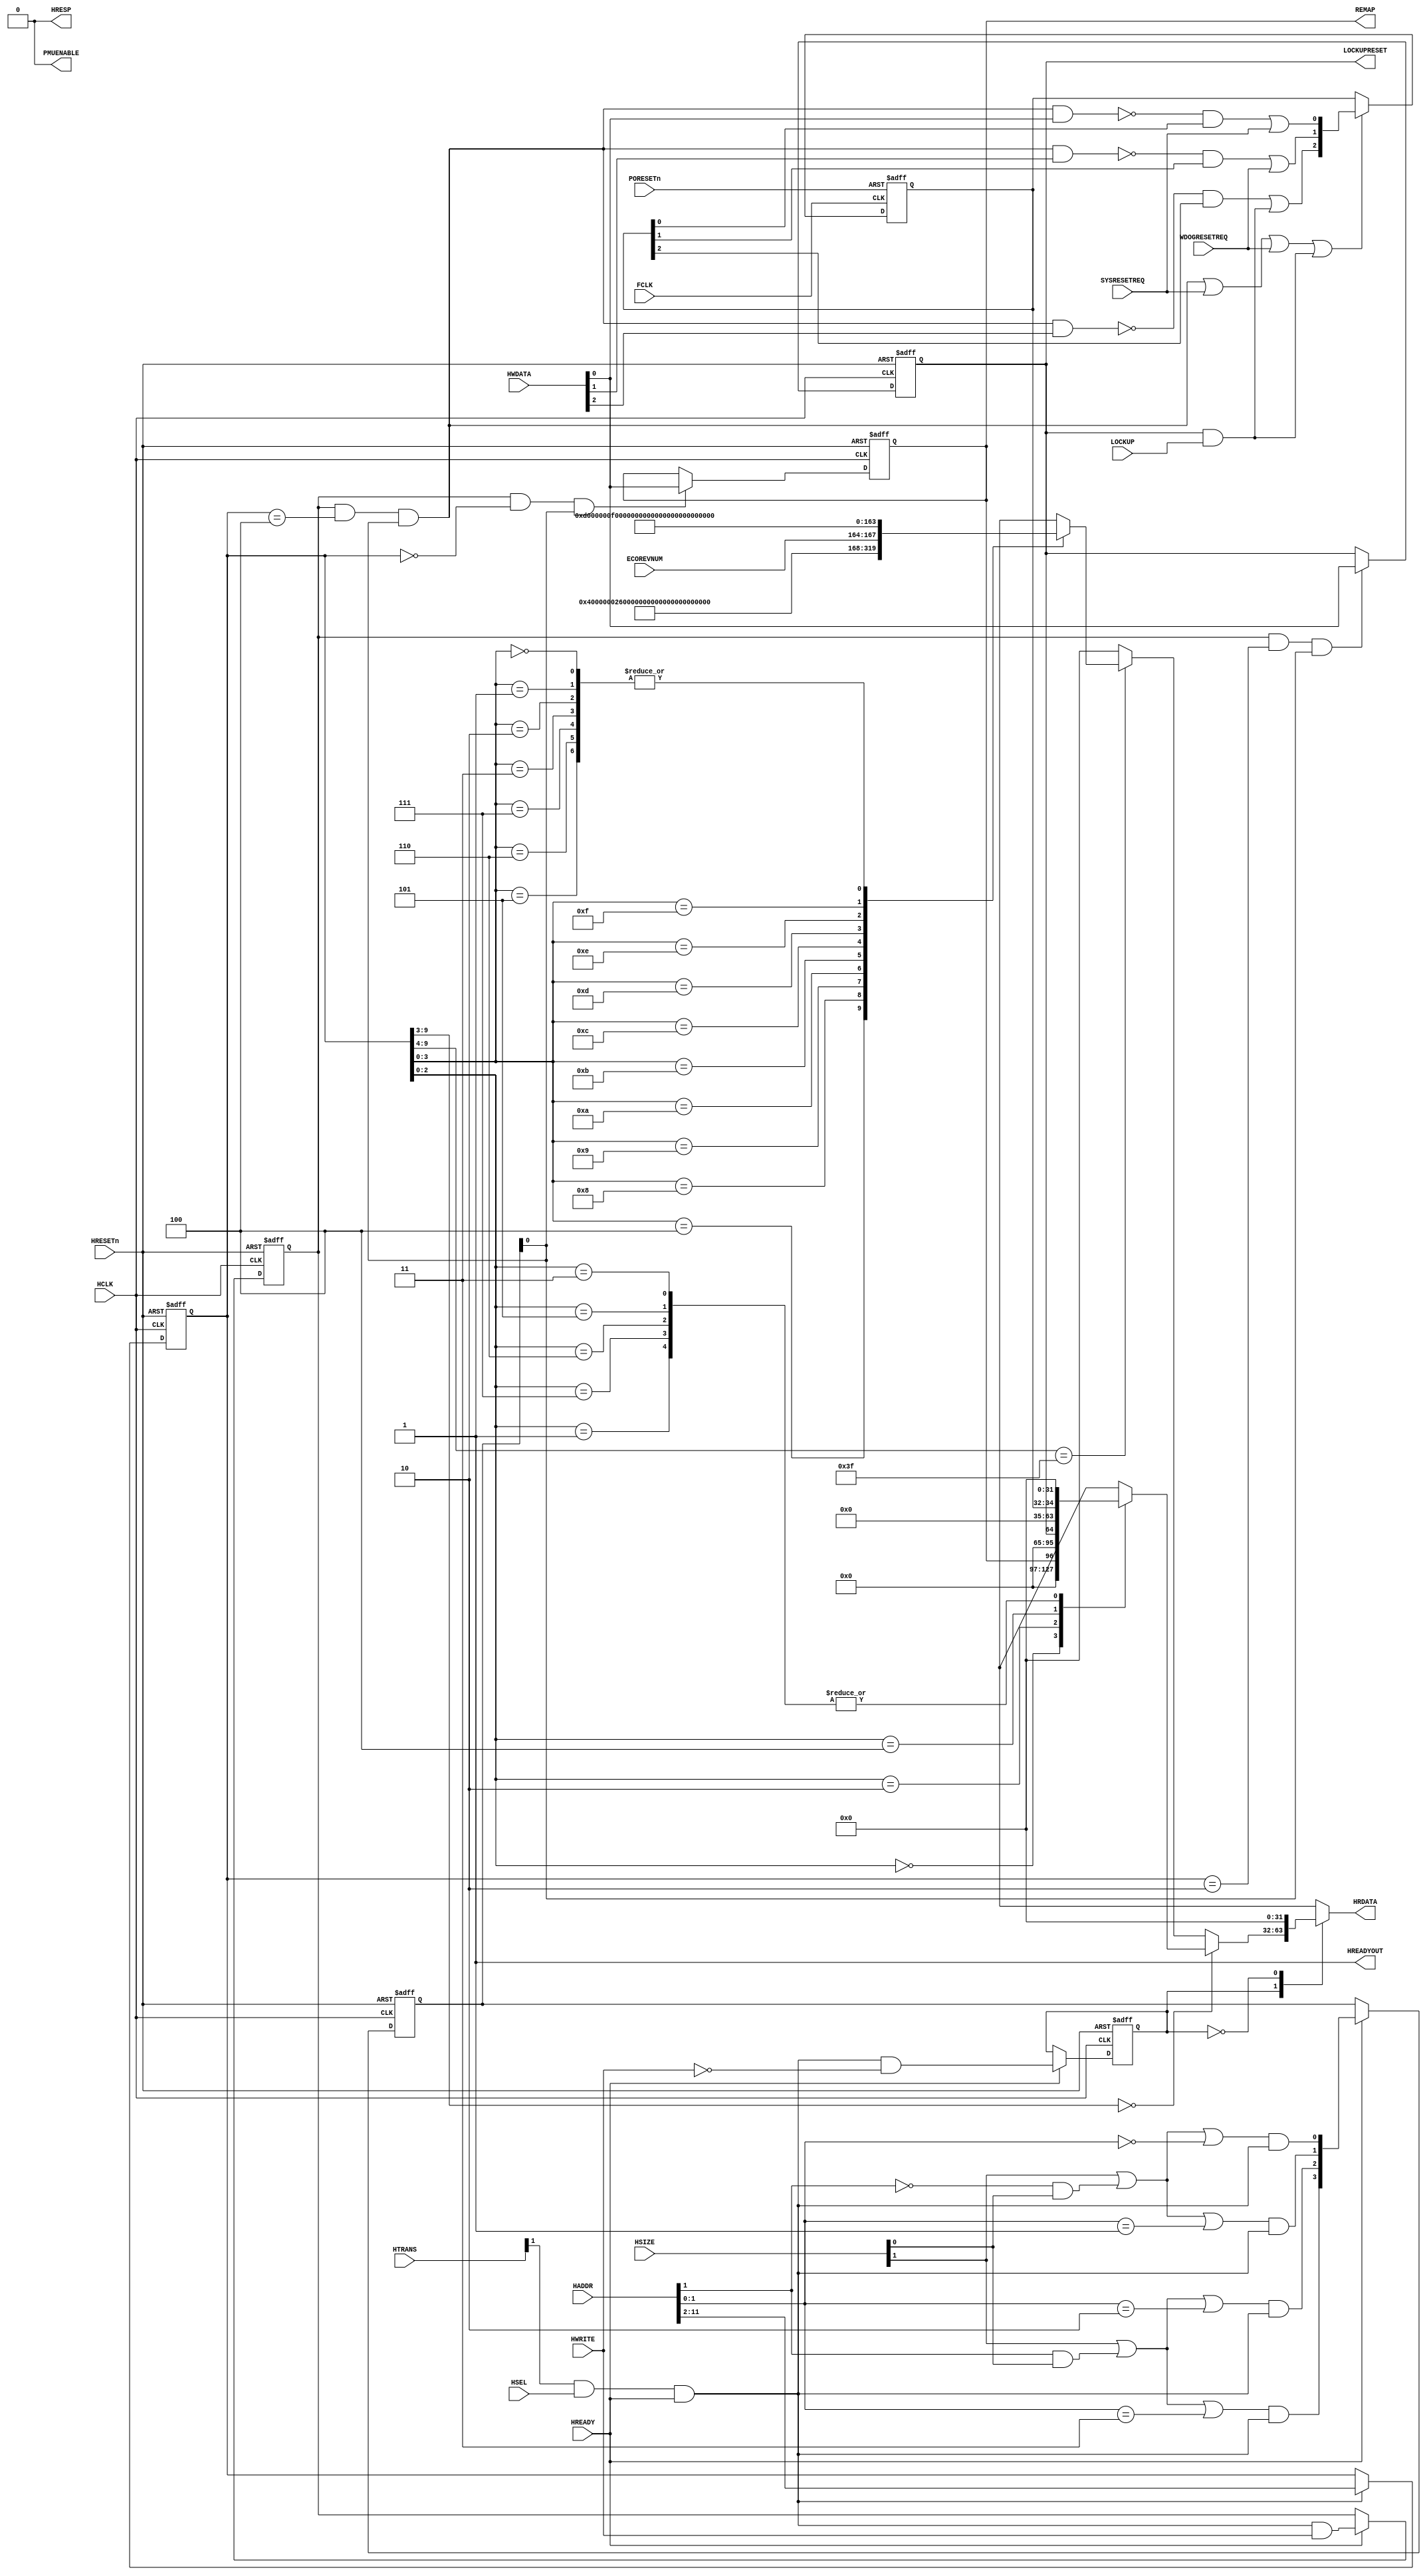
module cmsdk_mcu_sysctrl #(
  parameter  BE = 0            // By default use little endian

  )
  (
   // AHB Inputs
  input  wire         HCLK,      // system bus clock
  input  wire         HRESETn,   // system bus reset
  input  wire         FCLK,      // Free running clock
  input  wire         PORESETn,  // power on reset
  input  wire         HSEL,      // AHB peripheral select
  input  wire         HREADY,    // AHB ready input
  input  wire   [1:0] HTRANS,    // AHB transfer type
  input  wire   [2:0] HSIZE,     // AHB hsize
  input  wire         HWRITE,    // AHB hwrite
  input  wire  [11:0] HADDR,     // AHB address bus
  input  wire  [31:0] HWDATA,    // AHB write data bus

   // AHB Outputs
  output wire         HREADYOUT, // AHB ready output to S->M mux
  output wire         HRESP,     // AHB response
  output wire  [31:0] HRDATA,    // AHB read data bus

   // Reset information
  input  wire         SYSRESETREQ,// System reset request
  input  wire         WDOGRESETREQ,// Watchdog reset request
  input  wire         LOCKUP,     // CPU locked up

   //ECO revision number
  input  wire  [3:0]  ECOREVNUM, // ECO revision number

   // System control signals
  output wire         REMAP,     // memory remap
  output wire         PMUENABLE, // Power Management Unit enable, will be disabled in design
                                 // start version
  output wire         LOCKUPRESET // Enable reset if lockup
  );

// --------------------------------------------------------------------------
// Port Definitions
// --------------------------------------------------------------------------

//Local parameter for IDs,
localparam  ARM_CMSDK_CM0_SYSCTRL_PID4        = {32'h00000004}; // 0xFD0 : PID 4
localparam  ARM_CMSDK_CM0_SYSCTRL_PID5        = {32'h00000000}; // 0xFD4 : PID 5
localparam  ARM_CMSDK_CM0_SYSCTRL_PID6        = {32'h00000000}; // 0xFD8 : PID 6
localparam  ARM_CMSDK_CM0_SYSCTRL_PID7        = {32'h00000000}; // 0xFDC : PID 7
localparam  ARM_CMSDK_CM0_SYSCTRL_PID0        = {32'h00000026}; // 0xFE0 : PID 0 part number[7:0]
localparam  ARM_CMSDK_CM0_SYSCTRL_PID1        = {32'h000000B8}; // 0xFE4 : PID 1 [7:4] jep106_id_3_0. [3:0] part number [11:8]
localparam  ARM_CMSDK_CM0_SYSCTRL_PID2        = {32'h0000001B}; // 0xFE8 : PID 2 [7:4] revision, [3] jedec_used. [2:0] jep106_id_6_4
localparam  ARM_CMSDK_CM0_SYSCTRL_PID3        = {32'h00000000}; // 0xFEC : PID 3
localparam  ARM_CMSDK_CM0_SYSCTRL_CID0        = {32'h0000000D}; // 0xFF0 : CID 0
localparam  ARM_CMSDK_CM0_SYSCTRL_CID1        = {32'h000000F0}; // 0xFF4 : CID 1 PrimeCell class
localparam  ARM_CMSDK_CM0_SYSCTRL_CID2        = {32'h00000005}; // 0xFF8 : CID 2
localparam  ARM_CMSDK_CM0_SYSCTRL_CID3        = {32'h000000B1}; // 0xFFC : CID 3
         // Note : Customer changing the design should modify
         // - jep106 value (www.jedec.org)
         // - part number (customer define)
         // - Optional revision and modification number (e.g. rXpY)

  // --------------------------------------------------------------------------
  // Internal wires
  // --------------------------------------------------------------------------

  reg    [31:0]          read_mux;
  reg    [31:0]          read_mux_le; // little endian of read mux
  reg                    reg_remap;
  wire                   reg_pmuenable;
  reg                    reg_lockupreset;
  reg     [2:0]          reg_resetinfo;

  // ----------------------------------------------------------
  // Read/write control logic
  // ----------------------------------------------------------

  wire        bigendian    = (BE!=0) ? 1'b1 : 1'b0;
  wire        ahb_access   = HTRANS[1] & HSEL & HREADY;
  wire        ahb_write    = ahb_access &   HWRITE;
  wire        ahb_read     = ahb_access & (~HWRITE);
  wire  [3:0] nxt_byte_strobe;
  reg   [3:0] reg_byte_strobe;
  reg         reg_read_enable;
  reg         reg_write_enable;
  reg  [11:2] reg_addr;
  reg   [1:0] reg_hsize;
  reg  [31:0] HWDATALE; // Little endian version of HWDATA

  // Generate byte strobes to allow the GPIO registers to handle different transfer sizes
  assign nxt_byte_strobe[0] = (HSIZE[1] | ((HADDR[1]==1'b0) & HSIZE[0]) | (HADDR[1:0]==2'b00)) & ahb_access;
  assign nxt_byte_strobe[1] = (HSIZE[1] | ((HADDR[1]==1'b0) & HSIZE[0]) | (HADDR[1:0]==2'b01)) & ahb_access;
  assign nxt_byte_strobe[2] = (HSIZE[1] | ((HADDR[1]==1'b1) & HSIZE[0]) | (HADDR[1:0]==2'b10)) & ahb_access;
  assign nxt_byte_strobe[3] = (HSIZE[1] | ((HADDR[1]==1'b1) & HSIZE[0]) | (HADDR[1:0]==2'b11)) & ahb_access;

  // Data phase read write and byte lane strobe
  always @(posedge HCLK or negedge HRESETn)
  begin
    if (~HRESETn)
      begin
      reg_byte_strobe <= 4'b0000;
      reg_read_enable <= 1'b0;
      reg_write_enable <= 1'b0;
      end
    else if (HREADY)
      begin
      reg_byte_strobe   <= nxt_byte_strobe;
      reg_read_enable  <= ahb_read;
      reg_write_enable <= ahb_write;
      end
  end

  // registered address, update only if selected to reduce toggling
  always @(posedge HCLK or negedge HRESETn)
  begin
    if (~HRESETn)
      reg_addr <= {10{1'b0}};
    else if (ahb_access)
      reg_addr <= HADDR[11:2];
  end

  // registered hsize, update only if selected to reduce toggling
  always @(posedge HCLK or negedge HRESETn)
  begin
    if (~HRESETn)
      reg_hsize <= {2{1'b0}};
    else if (ahb_access)
      reg_hsize <= HSIZE[1:0];
  end


  // Read operation
  always @(reg_addr or reg_remap or reg_pmuenable or ECOREVNUM or
  reg_lockupreset or reg_resetinfo or reg_read_enable)
  begin
   case (reg_read_enable)
  1'b1:
    begin
      if (reg_addr[11:5] == 7'h00) begin
         case(reg_addr[4:2])
          3'b000: read_mux_le ={{31{1'b0}}, reg_remap} ;
          3'b001: read_mux_le ={{31{1'b0}}, reg_pmuenable} ;
          3'b010: read_mux_le ={{31{1'b0}}, reg_lockupreset} ;
          3'b100: read_mux_le ={{29{1'b0}}, reg_resetinfo} ;
          3'b011,3'b101,3'b110,3'b111: read_mux_le = {32{1'b0}};
          default: read_mux_le = {32{1'bx}};
         endcase
      end
      else if (reg_addr[11:6] == 6'h3F)begin
         case (reg_addr[5:2])
          4'h4:  read_mux_le =   ARM_CMSDK_CM0_SYSCTRL_PID4;  //0xFD0 Peripheral ID 4
          4'h5:  read_mux_le =   ARM_CMSDK_CM0_SYSCTRL_PID5;  //0xFD4 Peripheral ID 5
          4'h6:  read_mux_le =   ARM_CMSDK_CM0_SYSCTRL_PID6;  //0xFD8 Peripheral ID 6
          4'h7:  read_mux_le =   ARM_CMSDK_CM0_SYSCTRL_PID7;  //0xFDC Peripheral ID 7
          4'h8:  read_mux_le =   ARM_CMSDK_CM0_SYSCTRL_PID0;  //0xFE0 Peripheral ID 0
          4'h9:  read_mux_le =   ARM_CMSDK_CM0_SYSCTRL_PID1;  //0xFE4 Peripheral ID 1
          4'hA:  read_mux_le =   ARM_CMSDK_CM0_SYSCTRL_PID2;  //0xFE8 Peripheral ID 2
          4'hB:  read_mux_le =   {ARM_CMSDK_CM0_SYSCTRL_PID3[31:8], ECOREVNUM[3:0], 4'h0}; //0xFEC Peripheral ID 3
          4'hC:  read_mux_le =   ARM_CMSDK_CM0_SYSCTRL_CID0;  //0xFF0 Component ID 0
          4'hD:  read_mux_le =   ARM_CMSDK_CM0_SYSCTRL_CID1;  //0xFF4 Component ID 1
          4'hE:  read_mux_le =   ARM_CMSDK_CM0_SYSCTRL_CID2;  //0xFF8 Component ID 2
          4'hF:  read_mux_le =   ARM_CMSDK_CM0_SYSCTRL_CID3;  //0xFFC Component ID 3
          4'h0, 4'h1, 4'h2,4'h3: read_mux_le = {32{1'b0}};
          default: read_mux_le = {32{1'bx}};
         endcase
     end
     else begin
        read_mux_le = {32{1'b0}};
     end
    end
  1'b0:// read_enable is not active
    begin
    read_mux_le = {32{1'b0}};
    end
  default:
    read_mux_le = {32{1'bx}};
  endcase
  end

  // endian conversion
  always @(bigendian or reg_hsize or read_mux_le or HWDATA)
  begin
    if ((bigendian)&(reg_hsize==2'b10))
      begin
      read_mux = {read_mux_le[ 7: 0],read_mux_le[15: 8],
                  read_mux_le[23:16],read_mux_le[31:24]};
      HWDATALE = {HWDATA[ 7: 0],HWDATA[15: 8],HWDATA[23:16],HWDATA[ 31:24]};
      end
    else if ((bigendian)&(reg_hsize==2'b01))
      begin
      read_mux = {read_mux_le[23:16],read_mux_le[31:24],
                  read_mux_le[ 7: 0],read_mux_le[15: 8]};
      HWDATALE = {HWDATA[23:16],HWDATA[ 31:24],HWDATA[ 7: 0],HWDATA[15: 8]};
      end
    else
      begin
      read_mux = read_mux_le;
      HWDATALE = HWDATA;
      end
  end
  // ----------------------------------------------------------
  // Remap register
  // ----------------------------------------------------------
  wire      reg_remap_write;
  assign    reg_remap_write = reg_write_enable &
       (reg_addr[11:2]  == 10'h000) & reg_byte_strobe[0];

  //  registering stage
  always @(posedge HCLK or negedge HRESETn)
  begin
    if (~HRESETn)
      reg_remap <= 1'b1;
    else if (reg_remap_write)
      reg_remap <= HWDATALE[0];
  end

  // ----------------------------------------------------------
  // PMUENABLE register
  // ----------------------------------------------------------

  // Power management unit not available with Cortex-M0 DesignStart.
  // PMU control is disabled
  assign    reg_pmuenable = 1'b0;

  // ----------------------------------------------------------
  // LOCKUPRESETEN register
  // ----------------------------------------------------------
  wire      reg_lockupreset_write;
  assign    reg_lockupreset_write = reg_write_enable &
       (reg_addr[11:2]  == 10'h002) & reg_byte_strobe[0];

  //  registering stage
  always @(posedge HCLK or negedge HRESETn)
  begin
    if (~HRESETn)
      reg_lockupreset <= 1'b0;
    else if (reg_lockupreset_write)
      reg_lockupreset <= HWDATALE[0];
  end

  // ----------------------------------------------------------
  // Reset information register
  // ----------------------------------------------------------

  wire      reg_resetinfo_write;
  assign    reg_resetinfo_write = reg_write_enable &
       (reg_addr[11:2]  == 10'h004) & reg_byte_strobe[0];

  // capture reset information
  wire [2:0] nxt_resetinfo;
  // Write 1 to clear
  assign    nxt_resetinfo[0] = ((~(reg_resetinfo_write & HWDATALE[0])) & reg_resetinfo[0]) | SYSRESETREQ;
  assign    nxt_resetinfo[1] = ((~(reg_resetinfo_write & HWDATALE[1])) & reg_resetinfo[1]) | WDOGRESETREQ;
  assign    nxt_resetinfo[2] = ((~(reg_resetinfo_write & HWDATALE[2])) & reg_resetinfo[2]) | (reg_lockupreset & LOCKUP);

  // Enable flip-flop only if it should be updated to reduce power
  wire      reg_resetinfo_en;
  assign    reg_resetinfo_en = reg_resetinfo_write | SYSRESETREQ | WDOGRESETREQ | (reg_lockupreset & LOCKUP);

  //  registering stage
  always @(posedge FCLK or negedge PORESETn)
  begin
    if (~PORESETn)
      reg_resetinfo <= 3'b000;
    else if (reg_resetinfo_en)
      reg_resetinfo <= nxt_resetinfo;
  end

  // Connect to higher level
  assign REMAP     = reg_remap;
  assign PMUENABLE = reg_pmuenable;
  assign LOCKUPRESET = reg_lockupreset;

  assign HREADYOUT = 1'b1;
  assign HRDATA    = read_mux;
  assign HRESP     = 1'b0;

endmodule